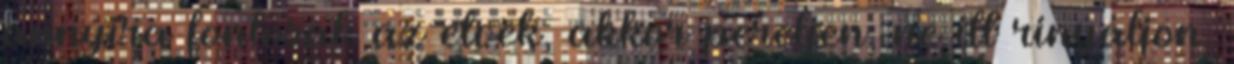
annyira fontosak az elvek, akkor pereljen, ne itt rinyáljon.